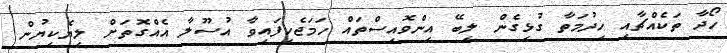
ހޯދާ ތަކެއްޗާއި ޚިދުމަތާ ގުޅިގެން ލިބޭ އިންވޮއިސްތައް ހަމަޖެހިފައިވާ އުސޫލާ އެއްގޮތަށް ލިޔެކިޔުން